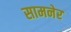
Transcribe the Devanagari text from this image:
सामनेर